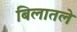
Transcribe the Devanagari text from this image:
बिलातले